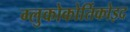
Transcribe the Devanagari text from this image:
ग्लुकोकोर्तिकोइद